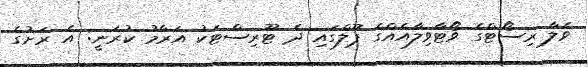
ވެލާ ރިސޯޓްގެ ވޯޓާވިލާއެއްގެ ޕޫލްގައި ދެ ޓޫރިސްޓަކު އަރާމު ކުރަނީ: އެ ރަށުގެ